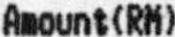
AMOUNT(RM)